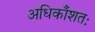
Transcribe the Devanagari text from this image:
अधिकाँशतः